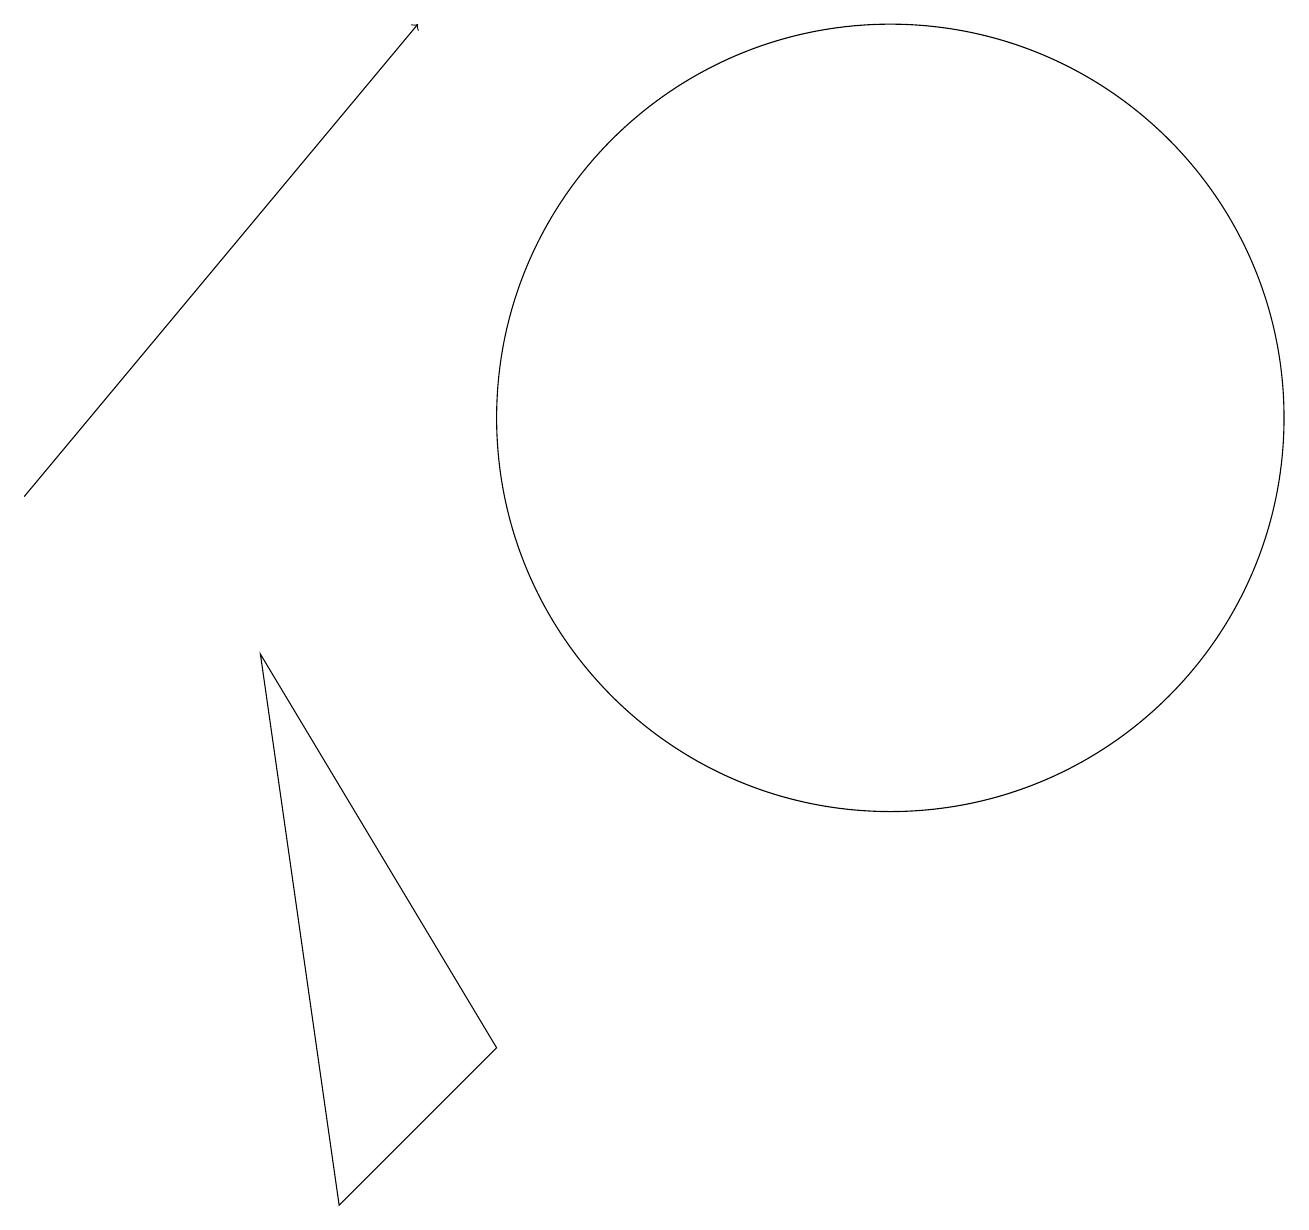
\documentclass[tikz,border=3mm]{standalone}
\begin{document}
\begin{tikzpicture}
\draw (12,11) circle (5);
\draw[->] (1,10) -- (6,16);
\draw (7,3) -- (5,1) -- (4,8) -- cycle;
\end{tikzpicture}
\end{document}